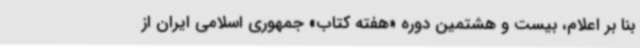
بنا بر اعلام، بیست و هشتمین دوره «هفته کتاب» جمهوری اسلامی ایران از